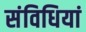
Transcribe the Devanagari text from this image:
संविधियां